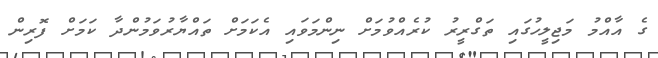
ގެ އާއްމު މަޖިލީހުގައި ތަގްރީރު ކުރެއްވުމަށް ނިންމަވައި އެކަމަށް ތައްޔާރުވަމުންދާ ކަމަށް ފޮރިން